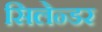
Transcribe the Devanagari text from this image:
सिलेन्डर